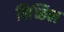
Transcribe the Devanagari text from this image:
पिच्छिल